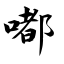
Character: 嘟